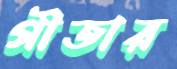
গীতার